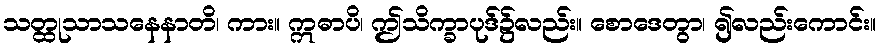
သတ္ထုသာသနေနာတိ၊ ကား။ ဣဓာပိ၊ ဤသိက္ခာပုဒ်၌လည်း။ စောဒေတွာ၊ ၍လည်းကောင်း။